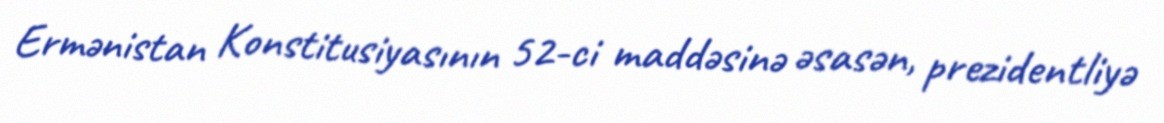
Ermənistan Konstitusiyasının 52-ci maddəsinə əsasən, prezidentliyə